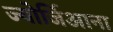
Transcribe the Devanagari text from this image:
ज्योर्जिआना